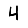
Digit: 4